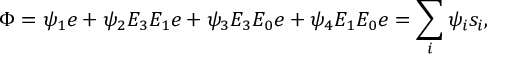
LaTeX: \Phi = \psi _ { 1 } e + \psi _ { 2 } E _ { 3 } E _ { 1 } e + \psi _ { 3 } E _ { 3 } E _ { 0 } e + \psi _ { 4 } E _ { 1 } E _ { 0 } e = \sum _ { i } \psi _ { i } s _ { i } ,